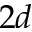
2 d